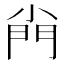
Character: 𡮆